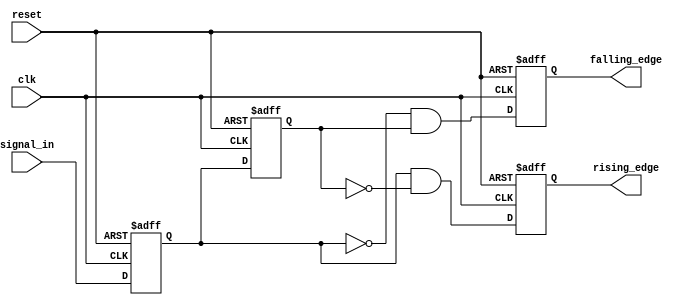
module glitch_free_edge_detector (
    input wire clk,            // Clock signal
    input wire reset,          // Asynchronous reset signal
    input wire signal_in,      // Input signal to be monitored
    output reg rising_edge,    // Output signal for rising edge detection
    output reg falling_edge    // Output signal for falling edge detection
);

    // Memory blocks to store current and previous states
    reg signal_current;
    reg signal_previous;

    // Always block for edge detection logic, triggered on the clock
    always @(posedge clk or posedge reset) begin
        if (reset) begin
            // Reset the memory blocks and outputs
            signal_current <= 1'b0;
            signal_previous <= 1'b0;
            rising_edge <= 1'b0;
            falling_edge <= 1'b0;
        end else begin
            // Update previous state to current state
            signal_previous <= signal_current;

            // Store the current state of the input signal
            signal_current <= signal_in;

            // Edge detection logic
            rising_edge <= (signal_current && ~signal_previous);
            falling_edge <= (~signal_current && signal_previous);
        end
    end

endmodule